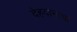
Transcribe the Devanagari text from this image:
देहदानाचा